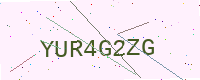
Text: YUR4G2ZG